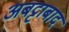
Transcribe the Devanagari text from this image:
अबट्टाबाद